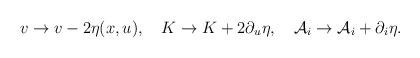
LaTeX: \begin{align*}v\to v-2\eta(x,u),\ \ \ K\to K+2\partial_u\eta,\ \ \ {\cal A}_i\to {\cal A}_i+\partial_i\eta.\end{align*}